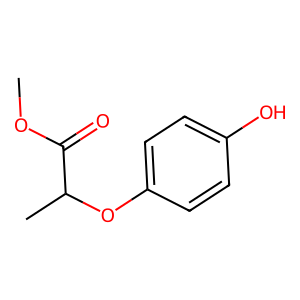
SMILES: COC(=O)C(C)Oc1ccc(O)cc1
Inhibits HIV replication: No